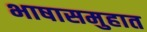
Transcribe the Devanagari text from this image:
भाषासमुहात